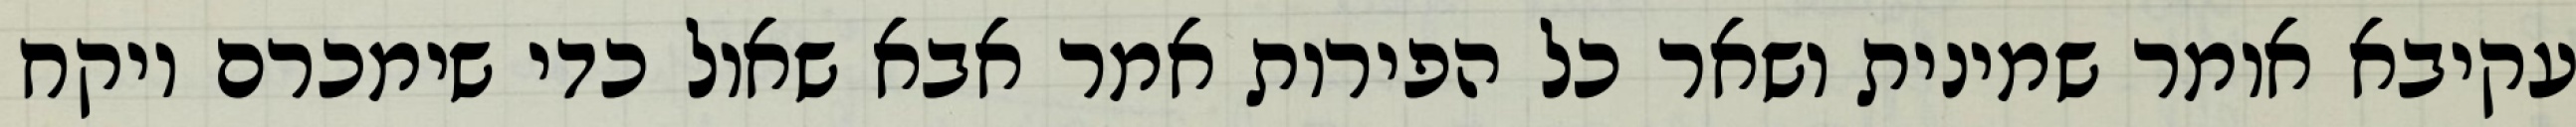
עקיבא אומר שמינית ושאר כל הפירות אמר אבא שאול כדי שימכרם ויקח